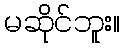
မဆိုင်ဘူး။